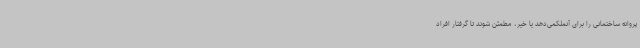
پروانه ساختمانی را برای آنملکمی‌دهد یا خیر، مطمئن شوند تا گرفتار افراد